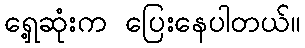
ရှေ့ဆုံးက ပြေးနေပါတယ်။